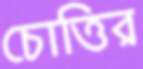
চোত্তির